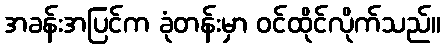
အခန်းအပြင်က ခုံတန်းမှာ ဝင်ထိုင်လိုက်သည်။